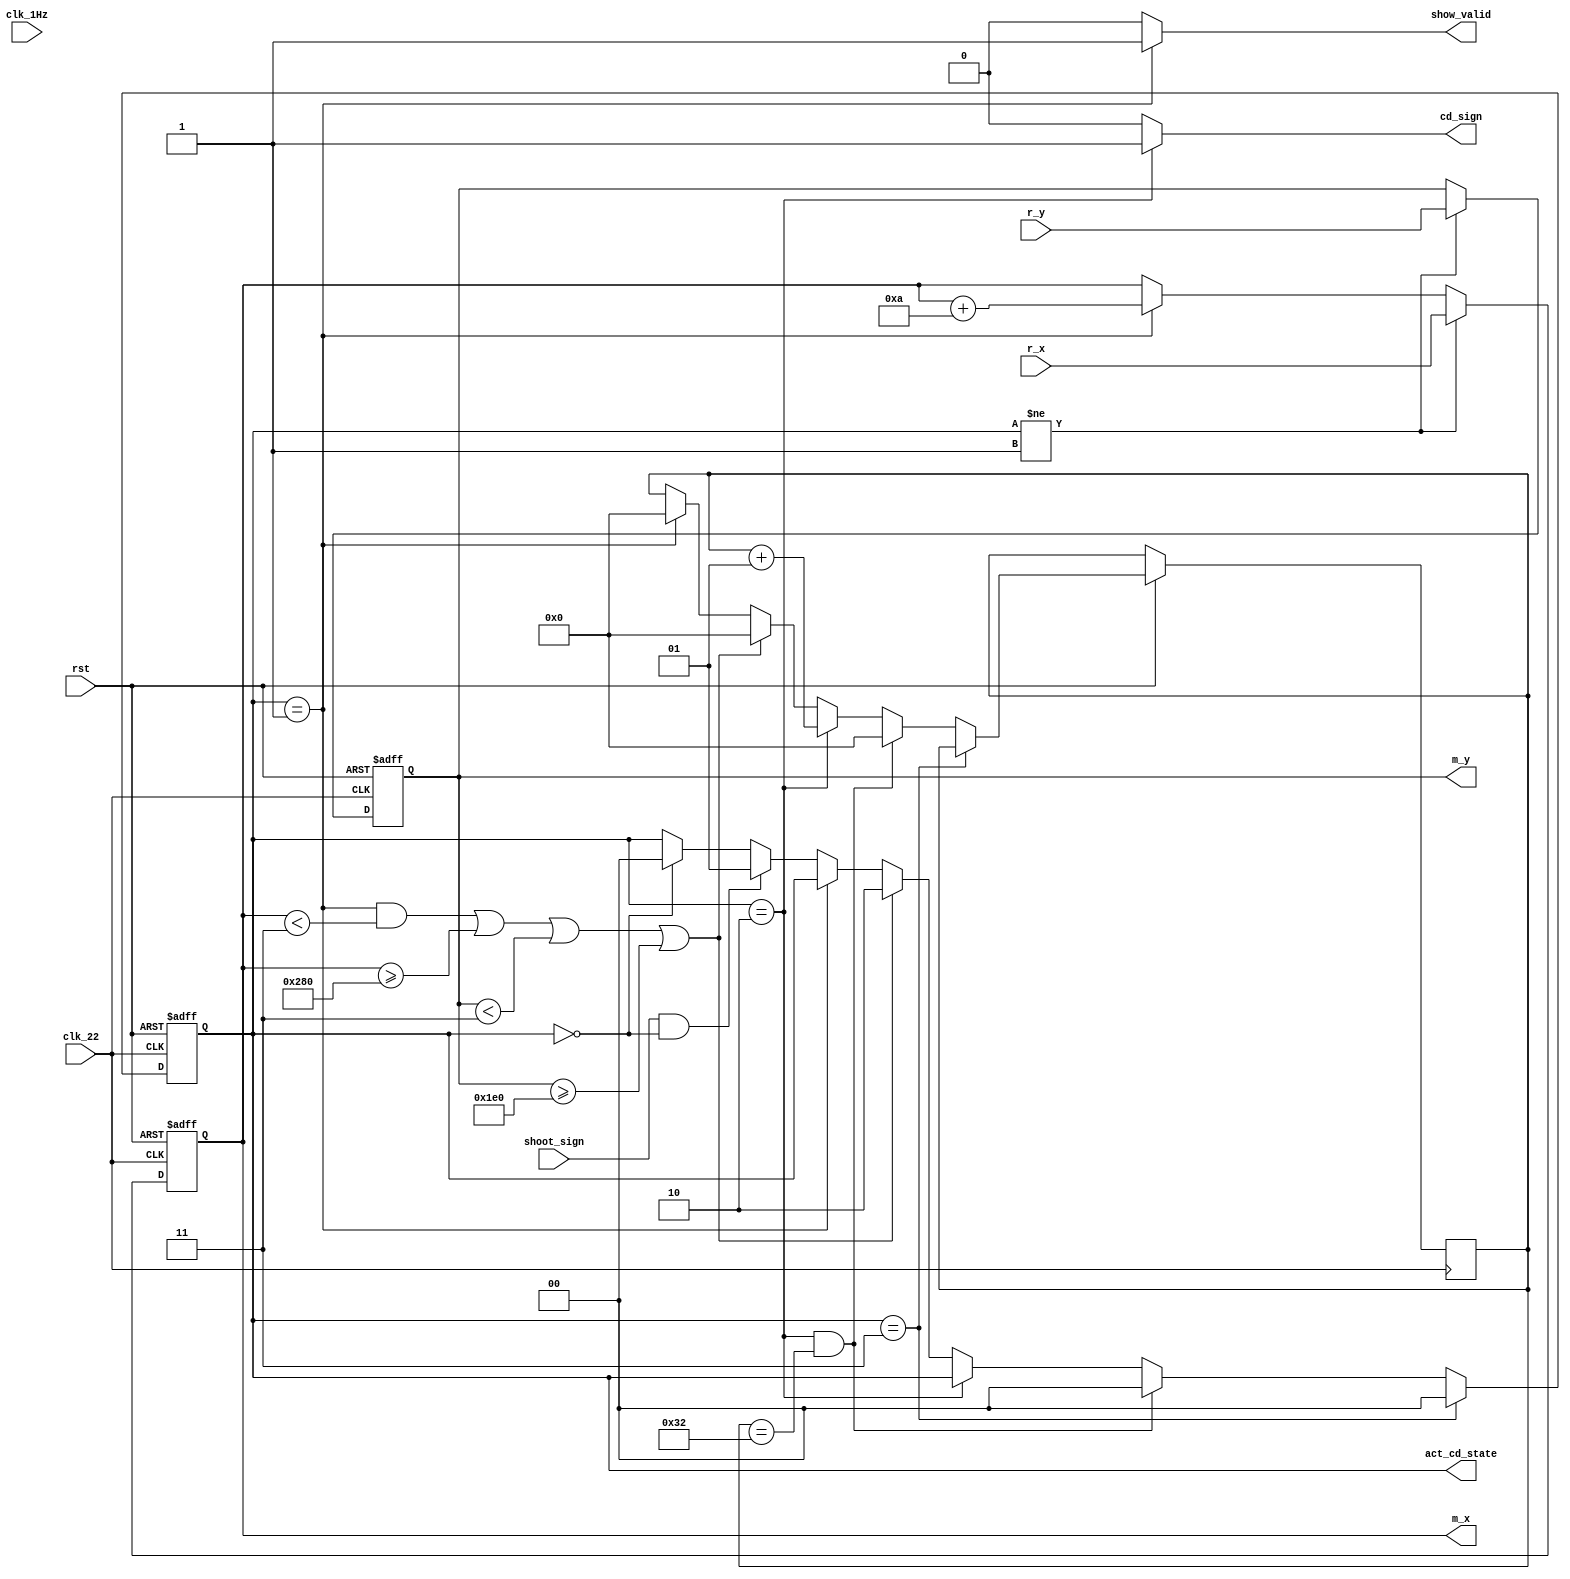
`timescale 1ns / 1ps
//////////////////////////////////////////////////////////////////////////////////
// Company: 
// Engineer: 
// 
// Design Name: 
// Module Name: Dragon_move
// Project Name: 
// Target Devices: 
// Tool Versions: 
// Description: 
// 
// Dependencies: 
// 
// Revision:
// Revision 0.01 - File Created
// Additional Comments:
// 
//////////////////////////////////////////////////////////////////////////////////


module Missile_move(clk_1Hz, clk_22, rst, r_x, r_y, m_x, m_y, show_valid, cd_sign, shoot_sign, act_cd_state);
input clk_22, clk_1Hz, rst, shoot_sign;
input [9:0]r_x, r_y;
//input [1:0]Event; // d, r die
output reg [9:0]m_x, m_y; // now poition, with left up
output reg show_valid;
output reg cd_sign;


output reg [1:0]act_cd_state; // 1: alive, 0: dead 

integer cd_cnt; // 10 sec;

// from right up to down left
always @* begin  
    show_valid = (act_cd_state == 2'b01)? 1:0;
    cd_sign = (act_cd_state == 2'b10)? 1:0;// in cd status
end


always @(posedge clk_22 or negedge rst)
    if (~rst) begin
        m_x <= 10'd100; // init poition
        m_y <= 10'd140;
    end else if (act_cd_state != 2'b01) begin // touch board
        m_x <= r_x; // move with robot
        m_y <= r_y;
    end else if (act_cd_state == 2'b01)begin
        m_x <= m_x + 10'd10;
        m_y <= m_y;
    end


always @(posedge clk_22 or negedge rst)
    if (~rst) begin
        act_cd_state <= 2'b00;
    end else if (act_cd_state == 2'b11) begin
        act_cd_state <= 2'b00;
    end else if (act_cd_state == 2'b10 && cd_cnt == 50) begin
        act_cd_state <= 2'b00;
        cd_cnt <= 0;
    end else if (act_cd_state == 2'b10) begin 
        act_cd_state <= act_cd_state;
        cd_cnt <= cd_cnt + 1; // rebotrn cnt
    end else if (act_cd_state == 2'b01 && m_x < 3 || m_x >= 640 || m_y < 3 || m_y >= 480) begin // touch board
        act_cd_state <= 2'b10;
        cd_cnt <= 0;
    end else if (act_cd_state == 2'b01) begin
        act_cd_state <= act_cd_state;
        cd_cnt <= 0;
    end else if (shoot_sign && act_cd_state == 2'b00) begin
        act_cd_state <= 2'b01;
        cd_cnt <= cd_cnt;
    end else if (act_cd_state == 2'b00)begin
        act_cd_state <= 2'b00;
        cd_cnt <= cd_cnt;
    end else begin
        act_cd_state <= act_cd_state;
        cd_cnt <= cd_cnt;
    end    

endmodule